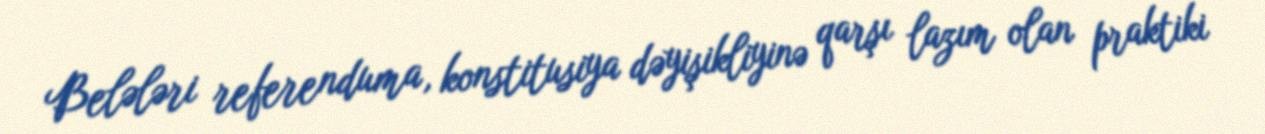
Belələri referenduma, konstitusiya dəyişikliyinə qarşı lazım olan praktiki